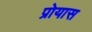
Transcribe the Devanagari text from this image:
प्रोयास